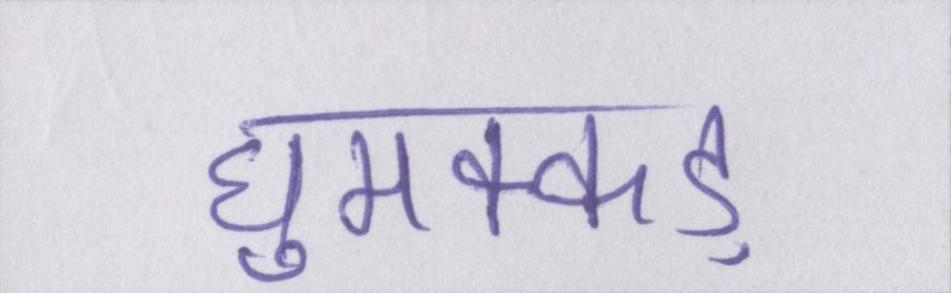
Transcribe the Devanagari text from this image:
घुमक्कड़